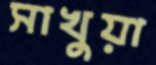
সাখুয়া